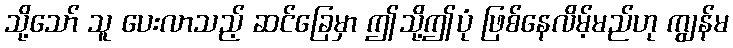
သို့သော် သူ ပေးလာသည့် ဆင်ခြေမှာ ဤသို့ဤပုံ ဖြစ်နေလိမ့်မည်ဟု ကျွန်မ